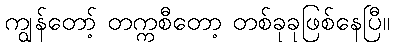
ကျွန်တော့် တက္ကစီတော့ တစ်ခုခုဖြစ်နေပြီ။